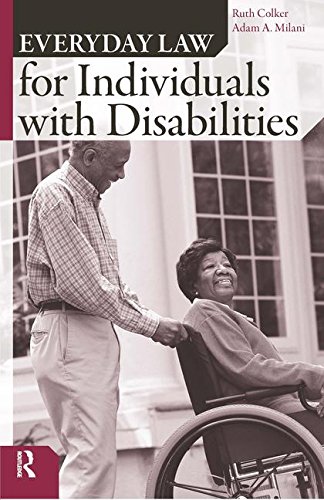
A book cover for Everyday Law for Individuals with Disabilities; Ruth Colker; Law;